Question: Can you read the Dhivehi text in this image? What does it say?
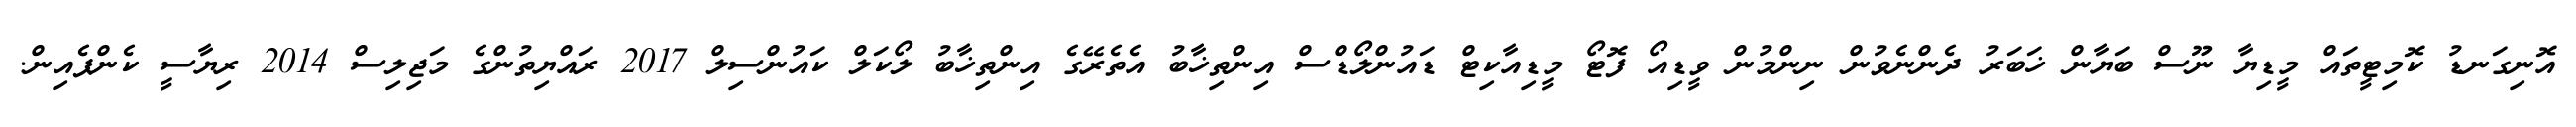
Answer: އޮނިގަނޑު ކޮމިޓީތައް މީޑިޔާ ނޫސް ބަޔާން ޚަބަރު ދެންނެވުން ނިންމުން ވީޑިއޯ ފޮޓޯ މީޑިއާކިޓް ޑައުންލޯޑްސް އިންތިޚާބު އެތެރޭގެ އިންތިޚާބު ލޯކަލް ކައުންސިލް 2017 ރައްޔިތުންގެ މަޖިލިސް 2014 ރިޔާސީ ކެންޕެއިން.